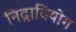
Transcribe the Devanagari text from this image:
निद्रावियोग